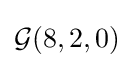
{\mathcal {G}}(8,2,0)